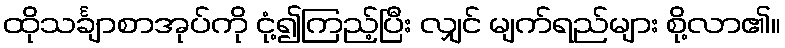
ထိုသင်္ချာစာအုပ်ကို ငုံ့၍ကြည့်ပြီး လျှင် မျက်ရည်များ စို့လာ၏။